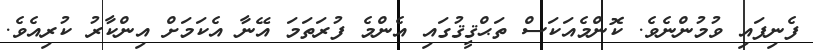
ފެނިފައި ވުމުންނެވެ. ކޮންމެއަކަސް ތަޙްޤީޤުގައި އެންމެ ފުރަތަމަ އޭނާ އެކަމަށް އިންކާރު ކުރިއެވެ.